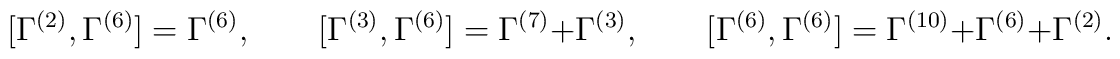
[\Gamma^{(2)},\Gamma^{(6)}]=\Gamma^{(6)},\qquad[\Gamma^{(3)},\Gamma^{(6)}]=\Gamma^{(7)}+\Gamma^{(3)},\qquad[\Gamma^{(6)},\Gamma^{(6)}]=\Gamma^{(10)}+\Gamma^{(6)}+\Gamma^{(2)}.